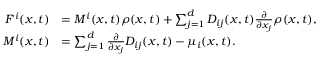
\begin{array} { r l } { F ^ { i } ( x , t ) } & { = M ^ { i } ( x , t ) \rho ( x , t ) + \sum _ { j = 1 } ^ { d } D _ { i j } ( x , t ) \frac { \partial } { \partial x _ { j } } \rho ( x , t ) , } \\ { M ^ { i } ( x , t ) } & { = \sum _ { j = 1 } ^ { d } \frac { \partial } { \partial x _ { j } } D _ { i j } ( x , t ) - \mu _ { i } ( x , t ) . } \end{array}